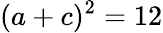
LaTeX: (a+c)^{2}=12